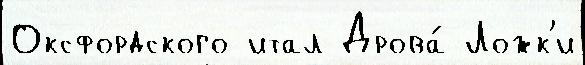
Оксфордского итал Дрова́ Ложк'и